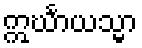
ဣင်္ဃာယသ္မာ